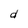
Character: d